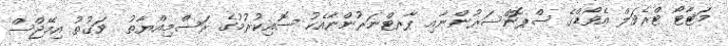
މަޓާޓޯ ޓްރެވަލް އެވޯޑްގެ ސްޕޮންސަރުންނާއި ޕާރޓްނަރުންނާއެކު ސޮއިކުރުމުގެ ރަސްމިއްޔާތު  ވަގުތު އިމޭޖްސް